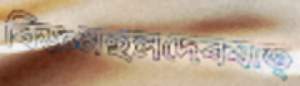
বিজ্ঞমহলদেবযাত্